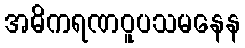
အဓိကရဏဝူပသမနေန